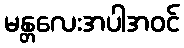
မန္တလေးအပါအဝင်